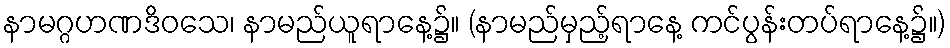
နာမဂ္ဂဟဏဒိဝသေ၊ နာမည်ယူရာနေ့၌။ (နာမည်မှည့်ရာနေ့ ကင်ပွန်းတပ်ရာနေ့၌။)